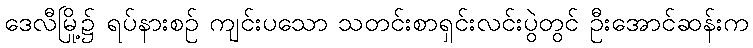
ဒေလီမြို့၌ ရပ်နားစဉ် ကျင်းပသော သတင်းစာရှင်းလင်းပွဲတွင် ဦးအောင်ဆန်းက